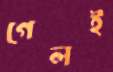
গেলই